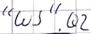
Text: "WS".Q2